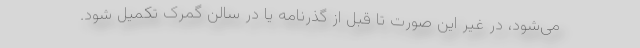
می‌شود، در غیر این صورت تا قبل از گذرنامه یا در سالن گمرک تکمیل شود.